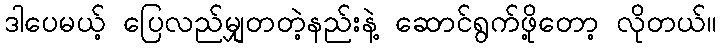
ဒါပေမယ့် ပြေလည်မျှတတဲ့နည်းနဲ့ ဆောင်ရွက်ဖို့တော့ လိုတယ်။